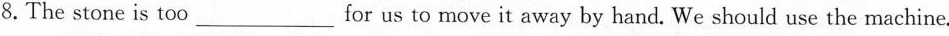
8.The stone is too_for us to move it away by hand.We should use the machine.